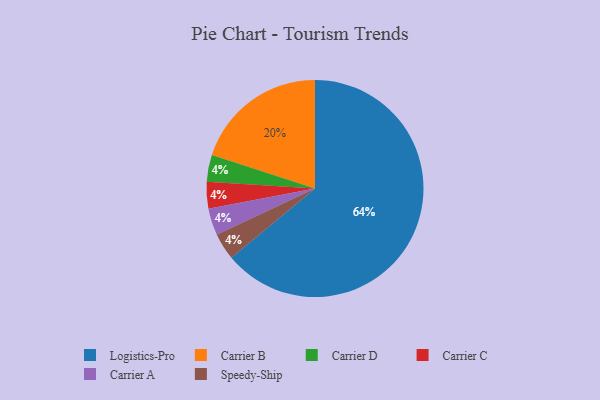
{"axis": {"x": "Category", "y": "Percentage"}, "legend": ["Carrier A", "Carrier B", "Carrier C", "Carrier D", "Logistics-Pro", "Speedy-Ship"], "data": [{"x": "Carrier D", "y": 4, "type": "Carrier D"}, {"x": "Carrier C", "y": 4, "type": "Carrier C"}, {"x": "Carrier A", "y": 4, "type": "Carrier A"}, {"x": "Logistics-Pro", "y": 64, "type": "Logistics-Pro"}, {"x": "Carrier B", "y": 20, "type": "Carrier B"}, {"x": "Speedy-Ship", "y": 4, "type": "Speedy-Ship"}]}